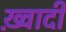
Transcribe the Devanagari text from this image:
ख़्वादी